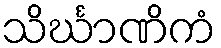
သိင်္ဃာဏိကံ